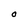
Character: O